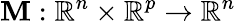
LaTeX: \mathbf{M}:\mathbb{{R}}^{n}\times\mathbb{{R}}^{p}\rightarrow\mathbb{{R}}^{n}